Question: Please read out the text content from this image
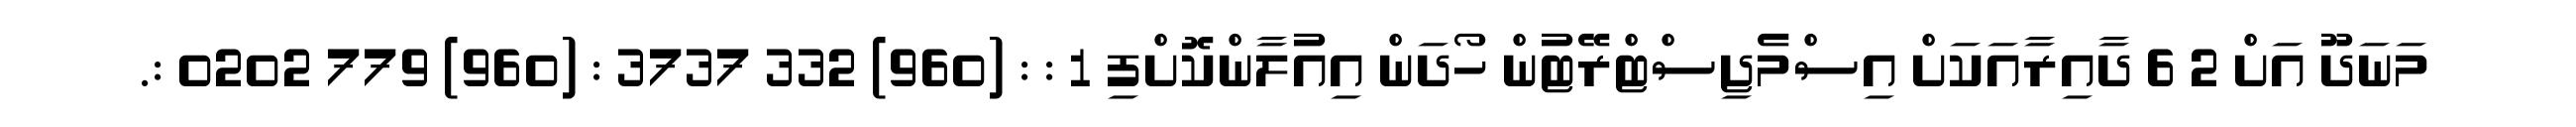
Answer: މަނަދޫ އަށް 2 6 ދާއިރާއަކަށް އިސްމެޖިސްޓްރޭޓުން ހޯދަން އިއުލާންކޮށްފި 1 : : (960) 332 3737 : (960) 779 0202 :.